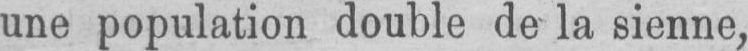
une population double de la sienne,